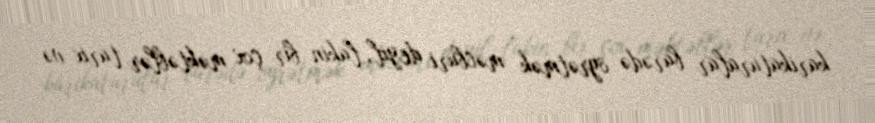
karikaturalar barədə öyrətmək məcburi deyil, lakin bir çox məktəblər tarix və